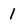
Character: 1